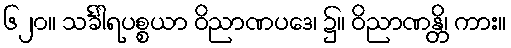
၆၂၀။ သင်္ခါရပစ္စယာ ဝိညာဏပဒေ၊ ၌။ ဝိညာဏန္တိ၊ ကား။